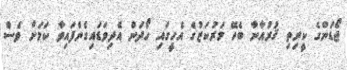
ޖޯޑަންގެ ކީރިތި ޤުރުއާނާ ބެހޭ މަރުކަޒުގެ އެހީގައި ހޯދަން އެދިވަޑައިގެންފައިވާ ކަމަށް ވެސް